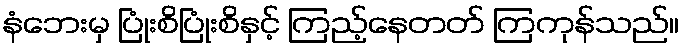
နံဘေးမှ ပြုံးစိပြုံးစိနှင့် ကြည့်နေတတ် ကြကုန်သည်။